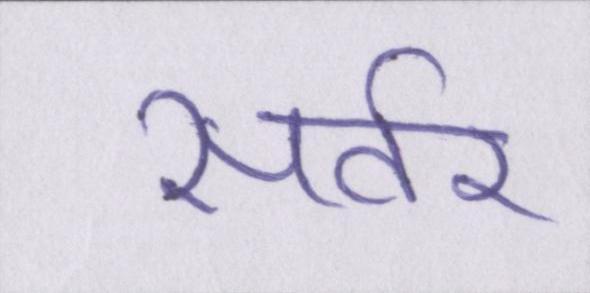
सर्वर